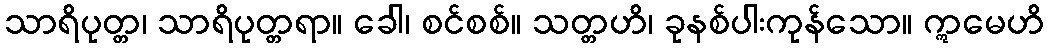
သာရိပုတ္တ၊ သာရိပုတ္တရာ။ ခေါ၊ စင်စစ်။ သတ္တဟိ၊ ခုနစ်ပါးကုန်သော။ ဣမေဟိ